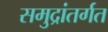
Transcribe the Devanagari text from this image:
समुद्रांतर्गत